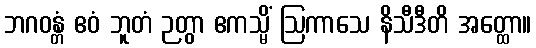
ဘဂဝန္တံ ဧဝံ ဘူတံ ဉတွာ ဧကသ္မိံ ဩကာသေ နိသီဒီတိ အတ္ထော။